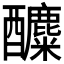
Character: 𨣿